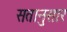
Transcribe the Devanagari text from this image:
सतानुसार